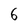
Character: 6